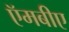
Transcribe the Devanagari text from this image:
ऍमबीए